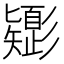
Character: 𢒸